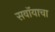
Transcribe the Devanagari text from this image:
सवॉयाचा